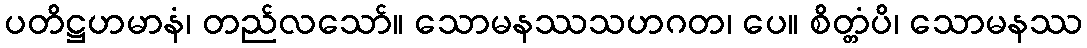
ပတိဋ္ဌဟမာနံ၊ တည်လသော်။ သောမနဿသဟဂတ၊ ပေ။ စိတ္တံပိ၊ သောမနဿ